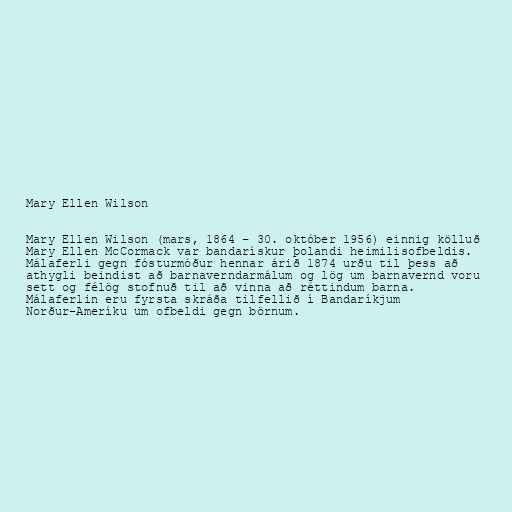
Mary Ellen Wilson

Mary Ellen Wilson (mars, 1864 – 30. október 1956) einnig kölluð
Mary Ellen McCormack var bandarískur þolandi heimilisofbeldis.
Málaferli gegn fósturmóður hennar árið 1874 urðu til þess að
athygli beindist að barnaverndarmálum og lög um barnavernd voru
sett og félög stofnuð til að vinna að réttindum barna.
Málaferlin eru fyrsta skráða tilfellið í Bandaríkjum
Norður-Ameríku um ofbeldi gegn börnum.